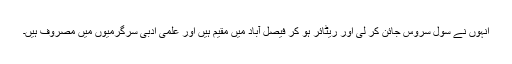
انہوں نے سول سروس جائن کر لی اور ریٹائر ہو کر فیصل آباد میں مقیم ہیں اور علمی ادبی سرگرمیوں میں مصروف ہیں۔